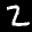
Label: 2